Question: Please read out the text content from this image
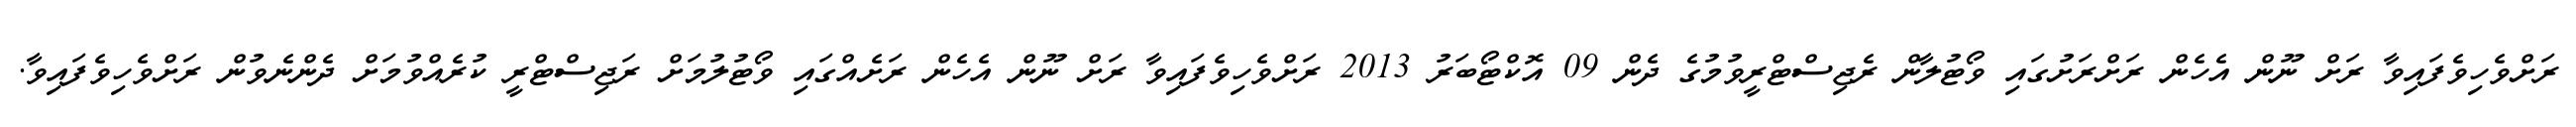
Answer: ރަށްވެހިވެފައިވާ ރަށް ނޫން އެހެން ރަށްރަށުގައި ވޯޓުލާން ރެޖިސްޓްރީވުމުގެ ދެން 09 އޮކްޓޯބަރު 2013 ރަށްވެހިވެފައިވާ ރަށް ނޫން އެހެން ރަށެއްގައި ވޯޓުލުމަށް ރަޖިސްޓްރީ ކުރެއްވުމަށް ދެންނެވުން ރަށްވެހިވެފައިވާ.